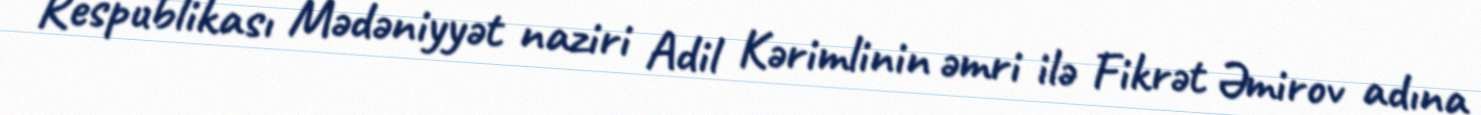
Respublikası Mədəniyyət naziri Adil Kərimlinin əmri ilə Fikrət Əmirov adına